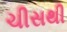
ચીસથી